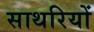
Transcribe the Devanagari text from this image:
साथरियों